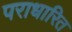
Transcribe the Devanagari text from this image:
पराधारित